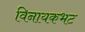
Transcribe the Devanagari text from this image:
विनायकभट